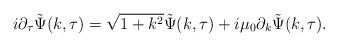
LaTeX: \begin{align*}i\partial_{\tau}\tilde{\Psi}(k, \tau) = \sqrt{1+k^{2}} \tilde{\Psi}(k, \tau) + i\mu_{0}\partial_{k}\tilde{\Psi}(k, \tau).\end{align*}